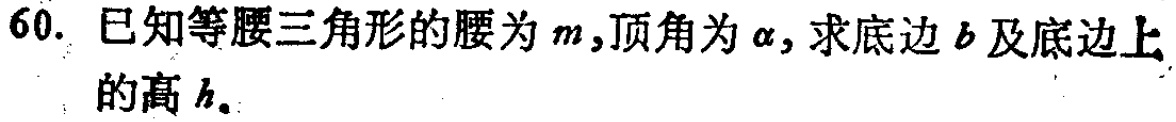
60. 已知等腰三角形的腰为\(m\)，顶角为\(\alpha\)，求底边\(b\)及底边上的高\(h\)。